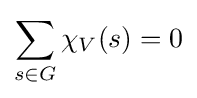
\sum _{s\in G}\chi _{V}(s)=0